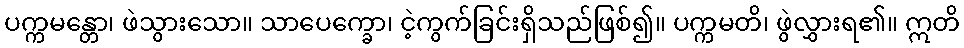
ပက္ကမန္တော၊ ဖဲသွားသော။ သာပေက္ခော၊ ငဲ့ကွက်ခြင်းရှိသည်ဖြစ်၍။ ပက္ကမတိ၊ ဖွဲလွှားရ၏။ ဣတိ